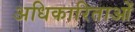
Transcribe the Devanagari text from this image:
अधिकारिताओं